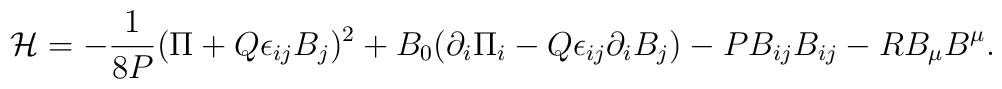
{\cal H}=-{1\over{8P}}(\Pi+Q\epsilon_{ij}B_j)^2+B_0(\partial_i\Pi_i-Q\epsilon_{ij}\partial_i B_j)-PB_{ij}B_{ij}-RB_\mu B^\mu.